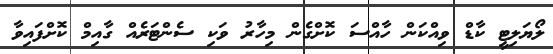
ލޯޔަލިޓީ ކާޑް ވިއްކަން ހާއްސަ ކޮށްގެން މިހާރު ވަކި ސެންޓަރެއް ގާއިމް ކޮށްފައިވާ